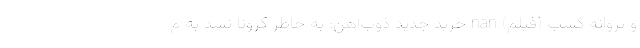
و پروانه کسب (فیلم) nan خرید جدید ذوب‌آهن: به خاطر کرونا نشد به م